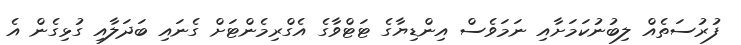
ފުރުސަތެއް ލިބުނުކަމަށާއި ނަމަވެސް އިންޑިޔާގެ ޓަޓްވާގެ އެގްރިމެންޓަށް ގެނައި ބަދަލާއި ގުޅިގެން އެ